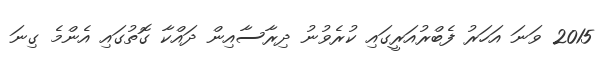
2015 ވަނަ އަހަރު ފެބްރުއަރީގައި ކުރެވުނު ދިރާސާއިން ދައްކާ ގޮތުގައި އެންމެ ގިނަ